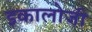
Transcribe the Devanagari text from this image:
इकालोजी